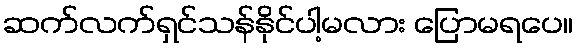
ဆက်လက်ရှင်သန်နိုင်ပါ့မလား ပြောမရပေ။